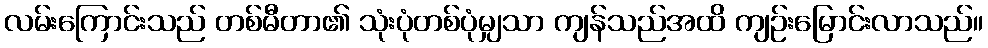
လမ်းကြောင်းသည် တစ်မီတာ၏ သုံးပုံတစ်ပုံမျှသာ ကျန်သည်အထိ ကျဉ်းမြောင်းလာသည်။